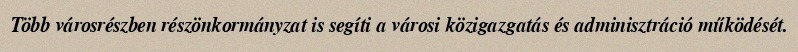
Több városrészben részönkormányzat is segíti a városi közigazgatás és adminisztráció működését.